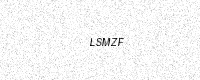
Text: LSMZF